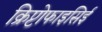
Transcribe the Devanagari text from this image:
क्रिप्टोफाइसिई